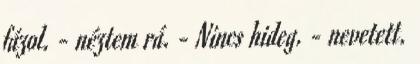
fázol. - néztem rá. - Nincs hideg. - nevetett.